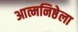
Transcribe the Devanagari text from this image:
आत्मनिष्ठेला